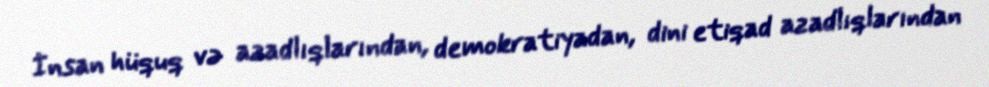
İnsan hüquq və azadlıqlarından, demokratiyadan, dini etiqad azadlıqlarından